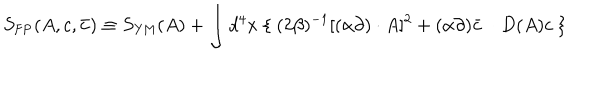
S _ { \mathrm { F P } } ( A , c , \bar { c } ) \equiv S _ { \mathrm { Y M } } ( A ) + \int d ^ { 4 } x \ \{ \ ( 2 \beta ) ^ { - 1 } [ ( \alpha \partial ) \cdot A ] ^ { 2 } + ( \alpha \partial ) \bar { c } \ \cdot D ( A ) c \ \}